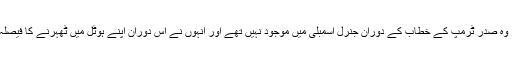
تاہم، وہ صدر ٹرمپ کے خطاب کے دوران جنرل اسمبلی میں موجود نہیں تھے اور انہوں نے اس دوران اپنے ہوٹل میں ٹھہرنے کا فیصلہ کیا۔